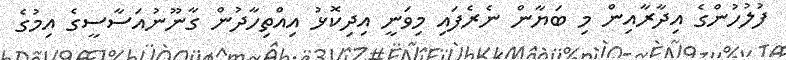
ފުލުހުންގެ އިދާރާއިން މި ބަޔާން ނެރެފައި މިވަނީ އިދިކޮޅު އިއްތިހާދުން ގާނޫނުއަސާސީގެ އިމުގެ